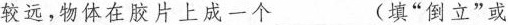
较远，物体在胶片上成一个___(填”倒立”或